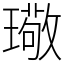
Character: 璥